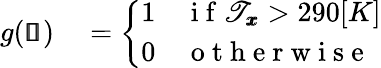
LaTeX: \begin{array}{rl}{g(\pmb{\mathscr{s}})}&{{}=\left\{ \begin{array}{ll}{1}&{\mathrm{~i~f~}\mathscr{T}_{\pmb{x}}>290[K]}\\ {0}&{\mathrm{~o~t~h~e~r~w~i~s~e~}}\end{array}\right.}\end{array}